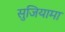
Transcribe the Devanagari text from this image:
सुजियामा